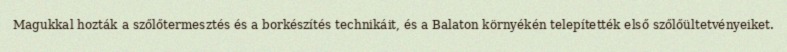
Magukkal hozták a szőlőtermesztés és a borkészítés technikáit, és a Balaton környékén telepítették első szőlőültetvényeiket.